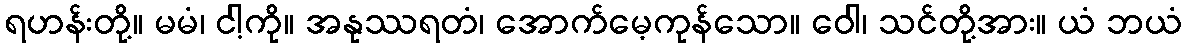
ရဟန်းတို့။ မမံ၊ ငါ့ကို။ အနုဿရတံ၊ အောက်မေ့ကုန်သော။ ဝေါ၊ သင်တို့အား။ ယံ ဘယံ